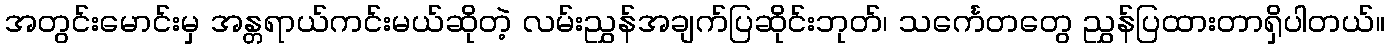
အတွင်းမောင်းမှ အန္တရာယ်ကင်းမယ်ဆိုတဲ့ လမ်းညွှန်အချက်ပြဆိုင်းဘုတ်၊ သင်္ကေတတွေ ညွှန်ပြထားတာရှိပါတယ်။